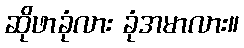
ဆိုဖာခုံလား ခုံအမာလား။